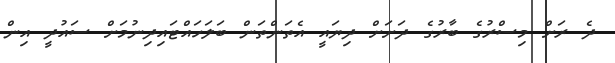
ދެ ރަށް މިސްރުގެ ބާރުގެ ދަށަށް ދިޔައީ އެތަންތަން ބަލަހައްޓައިދިނުމަށް ސައުދީ އިން